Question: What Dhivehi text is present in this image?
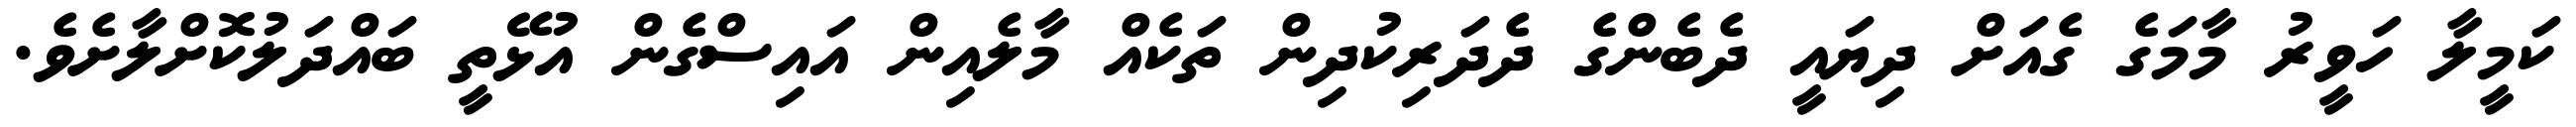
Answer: ކަމީލާ ހަވީރު މާމަގެ ގެއަށް ދިޔައީ ދެބެންގެ ދެދަރިކުދިން ތަކެއް މާލެއިން އައިސްގެން އުޅޭތީ ބައްދަލުކޮށްލާށެވެ.